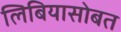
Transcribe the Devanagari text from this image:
लिबियासोबत